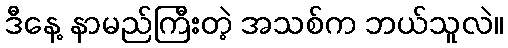
ဒီနေ့ နာမည်ကြီးတဲ့ အသစ်က ဘယ်သူလဲ။